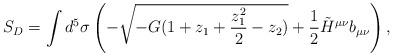
LaTeX: \begin{align*}S_D = \int d^{5}\sigma \left( - \sqrt{ - G ( 1 + z_1 + {z_1^2 \over 2} - z_2 ) } + {1 \over 2} \tilde H^{\mu\nu} b_{\mu\nu} \right),\end{align*}